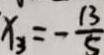
x _ { 3 } = - \frac { 1 3 } { 5 }